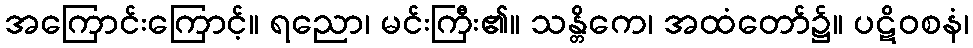
အကြောင်းကြောင့်။ ရညော၊ မင်းကြီး၏။ သန္တိကေ၊ အထံတော်၌။ ပဋိဝစနံ၊